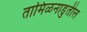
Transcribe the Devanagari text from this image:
तामिळनाडुतील